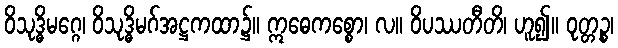
ဝိသုဒ္ဓိမဂ္ဂေ၊ ဝိသုဒ္ဓိမဂ်အဋ္ဌကထာ၌။ ဣဓေကစ္စော၊ လ။ ဝိပဿတီတိ၊ ဟူ၍။ ဝုတ္တဉ္စ၊